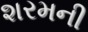
શરમની